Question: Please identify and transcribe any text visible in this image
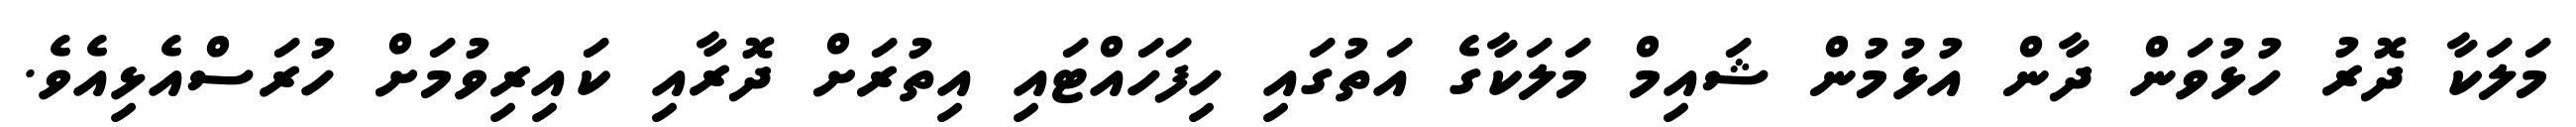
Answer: މަލަކާ ދޮރު ހުޅުވަން ދާން އުޅުމުން ޝައިމް މަލަކާގެ އަތުގައި ހިފަހައްޓައި އިތުރަށް ދޮރާއި ކައިރިވުމަށް ހުރަސްއެޅިއެވެ.